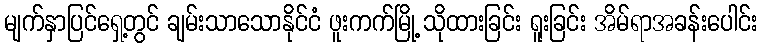
မျက်နှာပြင်ရှေ့တွင် ချမ်းသာသောနိုင်ငံ ဖူးကက်မြို့ သိုထားခြင်း ရူးခြင်း အိမ်ရာအခန်းပေါင်း